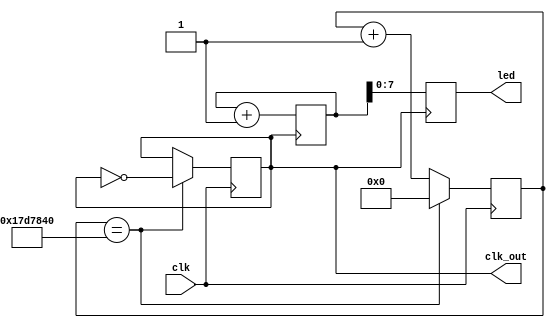
module led_counter(
    input wire clk,      // 50 MHz input clock
    output reg [7:0] led, // 8 LEDs for displaying the binary count
    output reg clk_out    // 1 Hz clock output
);

reg [26:0] counter; // 27-bit counter for binary count

// Clock divider to generate 1 Hz signal
reg [24:0] div_counter;
reg clk_1hz;

always @(posedge clk_out) begin
    // Increment the counter on each rising edge of the input clock
    counter <= counter + 1;

    // Output the 8 LSBs of the counter to the LEDs
      led <= counter[7:0];
end

always @(posedge clk) begin
    // Generate a 25 MHz clock by dividing the input clock by 2
    clk_1hz <= ~clk_1hz;

    // Divide the 25 MHz clock to obtain a 1 Hz signal
    if (div_counter == 25000000) begin
        clk_out <= ~clk_out;
        div_counter <= 0;
    end else begin
        div_counter <= div_counter + 1;
		
    end
end

endmodule